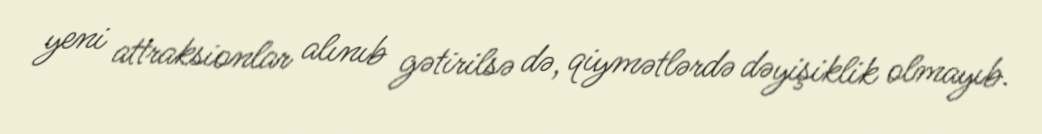
yeni attraksionlar alınıb gətirilsə də, qiymətlərdə dəyişiklik olmayıb.